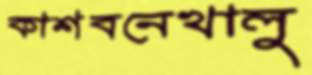
কাশবনেখালু